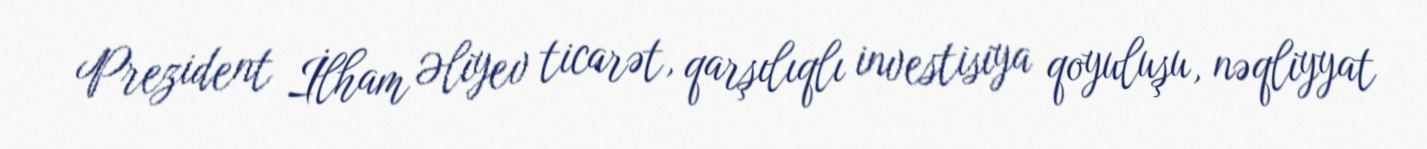
Prezident İlham Əliyev ticarət, qarşılıqlı investisiya qoyuluşu, nəqliyyat